system: You are a helpful assistant.
user:
Analyze the provided spectrum to determine if it is a **Carbon Star (C-type)**.

- **Key Visual Indicators of Carbon Star:**
    - **(Primary):** Strong molecular absorption from **C₂ (diatomic carbon) "Swan Bands."** This is the **defining feature** of a carbon star.
        - **(Key Bandheads):** Sharp absorption edges are visible at approximately $5635$ Å, $5165$ Å (the strongest band), and $4737$ Å.
        - **(Line Profile):** Creates a distinct **"saw-tooth"** pattern. The key morphology is a sharp, steep bandhead on the **red (long-wavelength) side**, which then gradually tapers off (i.e., flux recovers) towards the **blue (short-wavelength) side**. *(This is the direct opposite of the TiO bands seen in M-type stars)*.

    - **(Secondary):** Intense **CN (cyanogen)** molecular absorption bands.
        - **(Key Bandheads):** Located in the blue and violet regions of the spectrum (e.g., near $4215$ Å and $3883$ Å).
        - **(Morphology):** These bands are extremely broad and act as a "blanket," absorbing the vast majority of blue and violet light. This creates a characteristic **"cliff"** or **"steep drop-off"** in the spectrum's flux at short wavelengths.

    - **(Key Confirmation):** Strong **CH absorption band (G-band)**.
        - **(Key Bandhead):** Located around $4300$ Å. The contribution from CH molecules to this band is exceptionally strong.

    - **(Overall Spectrum):**
        - The continuum is severely "chopped up" by these deep molecular bands, especially C₂, rather than appearing as a smooth curve.
        - Due to the heavy CN and C₂ absorption in the blue-green, the vast majority of the star's flux is concentrated in the red part of the spectrum, giving the star its characteristic deep red color.

Think first, call **spectral_visualization_tool** if needed to examine features in detail, then provide your final answer. Your response must adhere to the following strict rules:
1.  **Overall Structure:** Your response must follow the format `<think>...</think> <tool_call>...</tool_call> (if a tool is used) <answer>...</answer>`.
2.  **Tool Usage Constraint:** You may only make **one** tool call per turn.
3.  **Final Answer Format:** In the `<answer>` tag, your conclusion must be inside a `\boxed{}` command (e.g., `\boxed{YES}`), followed by your justification.

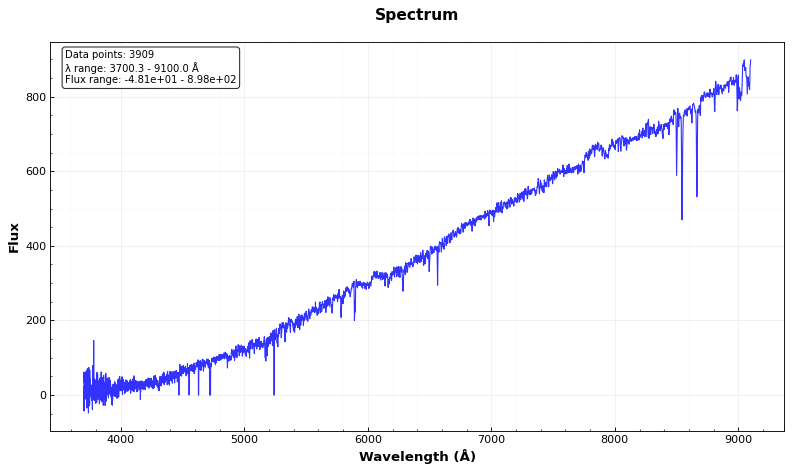
Answer: NO